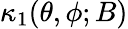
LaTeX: \kappa_{1}(\theta,\phi;B)